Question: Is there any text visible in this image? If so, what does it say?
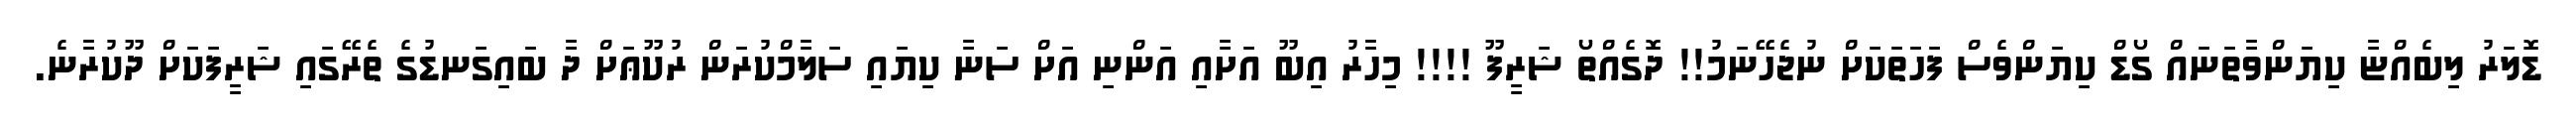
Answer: ޑޮލަރު ލިބެއްޏާ ކިޔަންވާތަނައް ގޯޑް ކިޔަންވެސް ފަހަތަކަށް ނުޖެހޭނަމު!! ދޮގެއްތޯ ޝަރީފޫ !!!! މިހާރު އިބޫ އަށާއި އަންނި އަށް ސަނާ ކިޔައި ސަލާމްކުރަން ރުކޫޢަށް ދާ ބައިގަނޑުގެ ތެރޭގައި ޝަރީފަކަށް ދޫކުރާނެ.